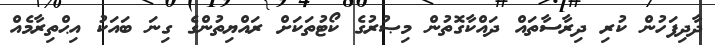
ދާދިފަހުން ކުރި ދިރާސާތައް ދައްކާގޮތުން މިޞުރުގެ ކޯޓުތަކަށް ރައްޔިތުންގެ ގިނަ ބައަކު އިޙްތިރާމެއް